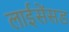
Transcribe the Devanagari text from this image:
लाईसेंसड